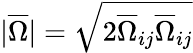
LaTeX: |\overline{{\Omega}}|=\sqrt{2\overline{{\Omega}}_{ij}\overline{{\Omega}}_{ij}}